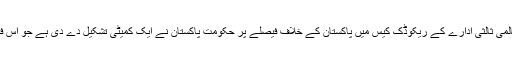
تفصیلات کے مطابق عالمی ثالثی ادارے کے ریکوڈک کیس میں پاکستان کے خلاف فیصلے پر حکومت پاکستان نے ایک کمیٹی تشکیل دے دی ہے جو اس فیصلے کا جائزہ لے گی۔